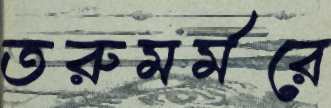
তরুমর্মরে